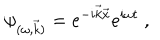
LaTeX: \psi _ { ( \omega , \vec { k } ) } = e ^ { - i \vec { k } \vec { x } } e ^ { i \omega t } ~ ,